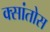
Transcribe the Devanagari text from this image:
क्सांतोस